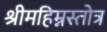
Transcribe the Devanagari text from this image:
श्रीमहिम्नस्तोत्र